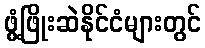
ဖွံ့ဖြိုးဆဲနိုင်ငံများတွင်